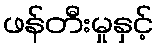
ဖန်တီးမှုနှင့်